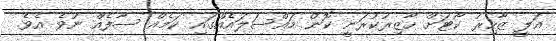
އަލީ ޒާހިރު ކޯޓަށް ހާޒިރުކުރަނީ ކޮން މައްސަލައެއްގައި ކަމެއް ސާފެއް ނުވެ އެވެ.